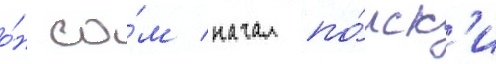
о́н са́м начал по́иск'и